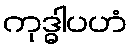
ကုဒ္ဓါပဟံ